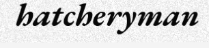
hatcheryman